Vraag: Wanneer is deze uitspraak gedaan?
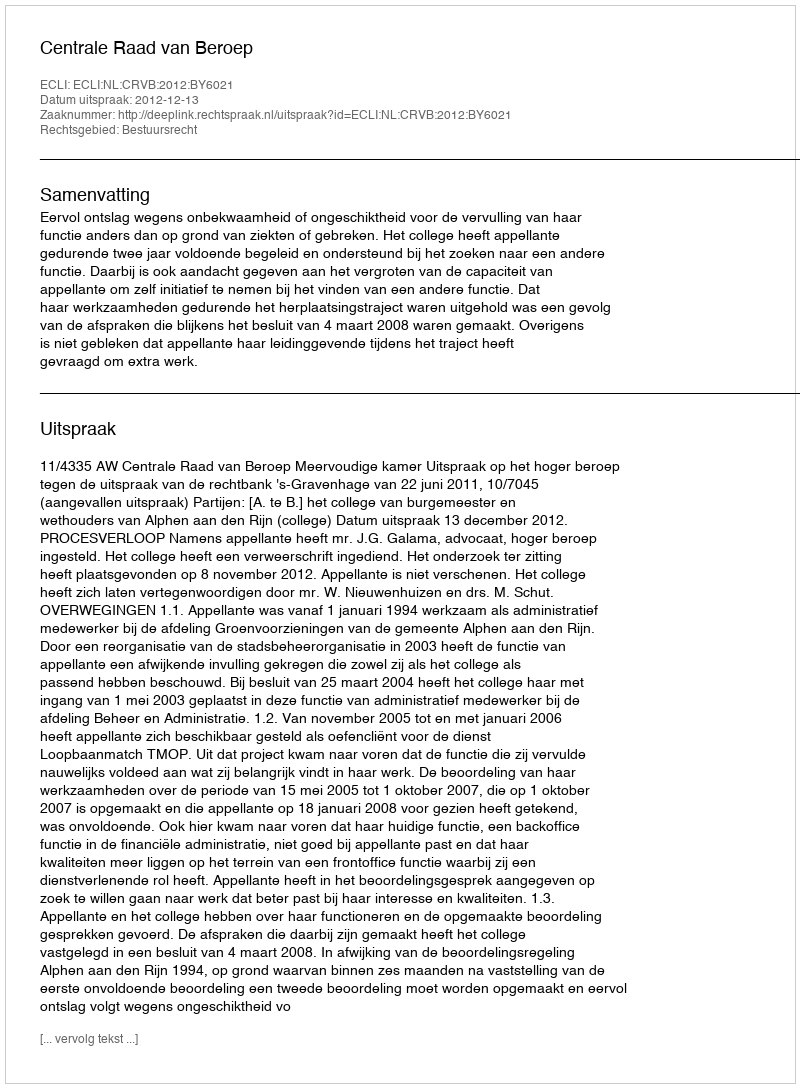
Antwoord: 2012-12-13